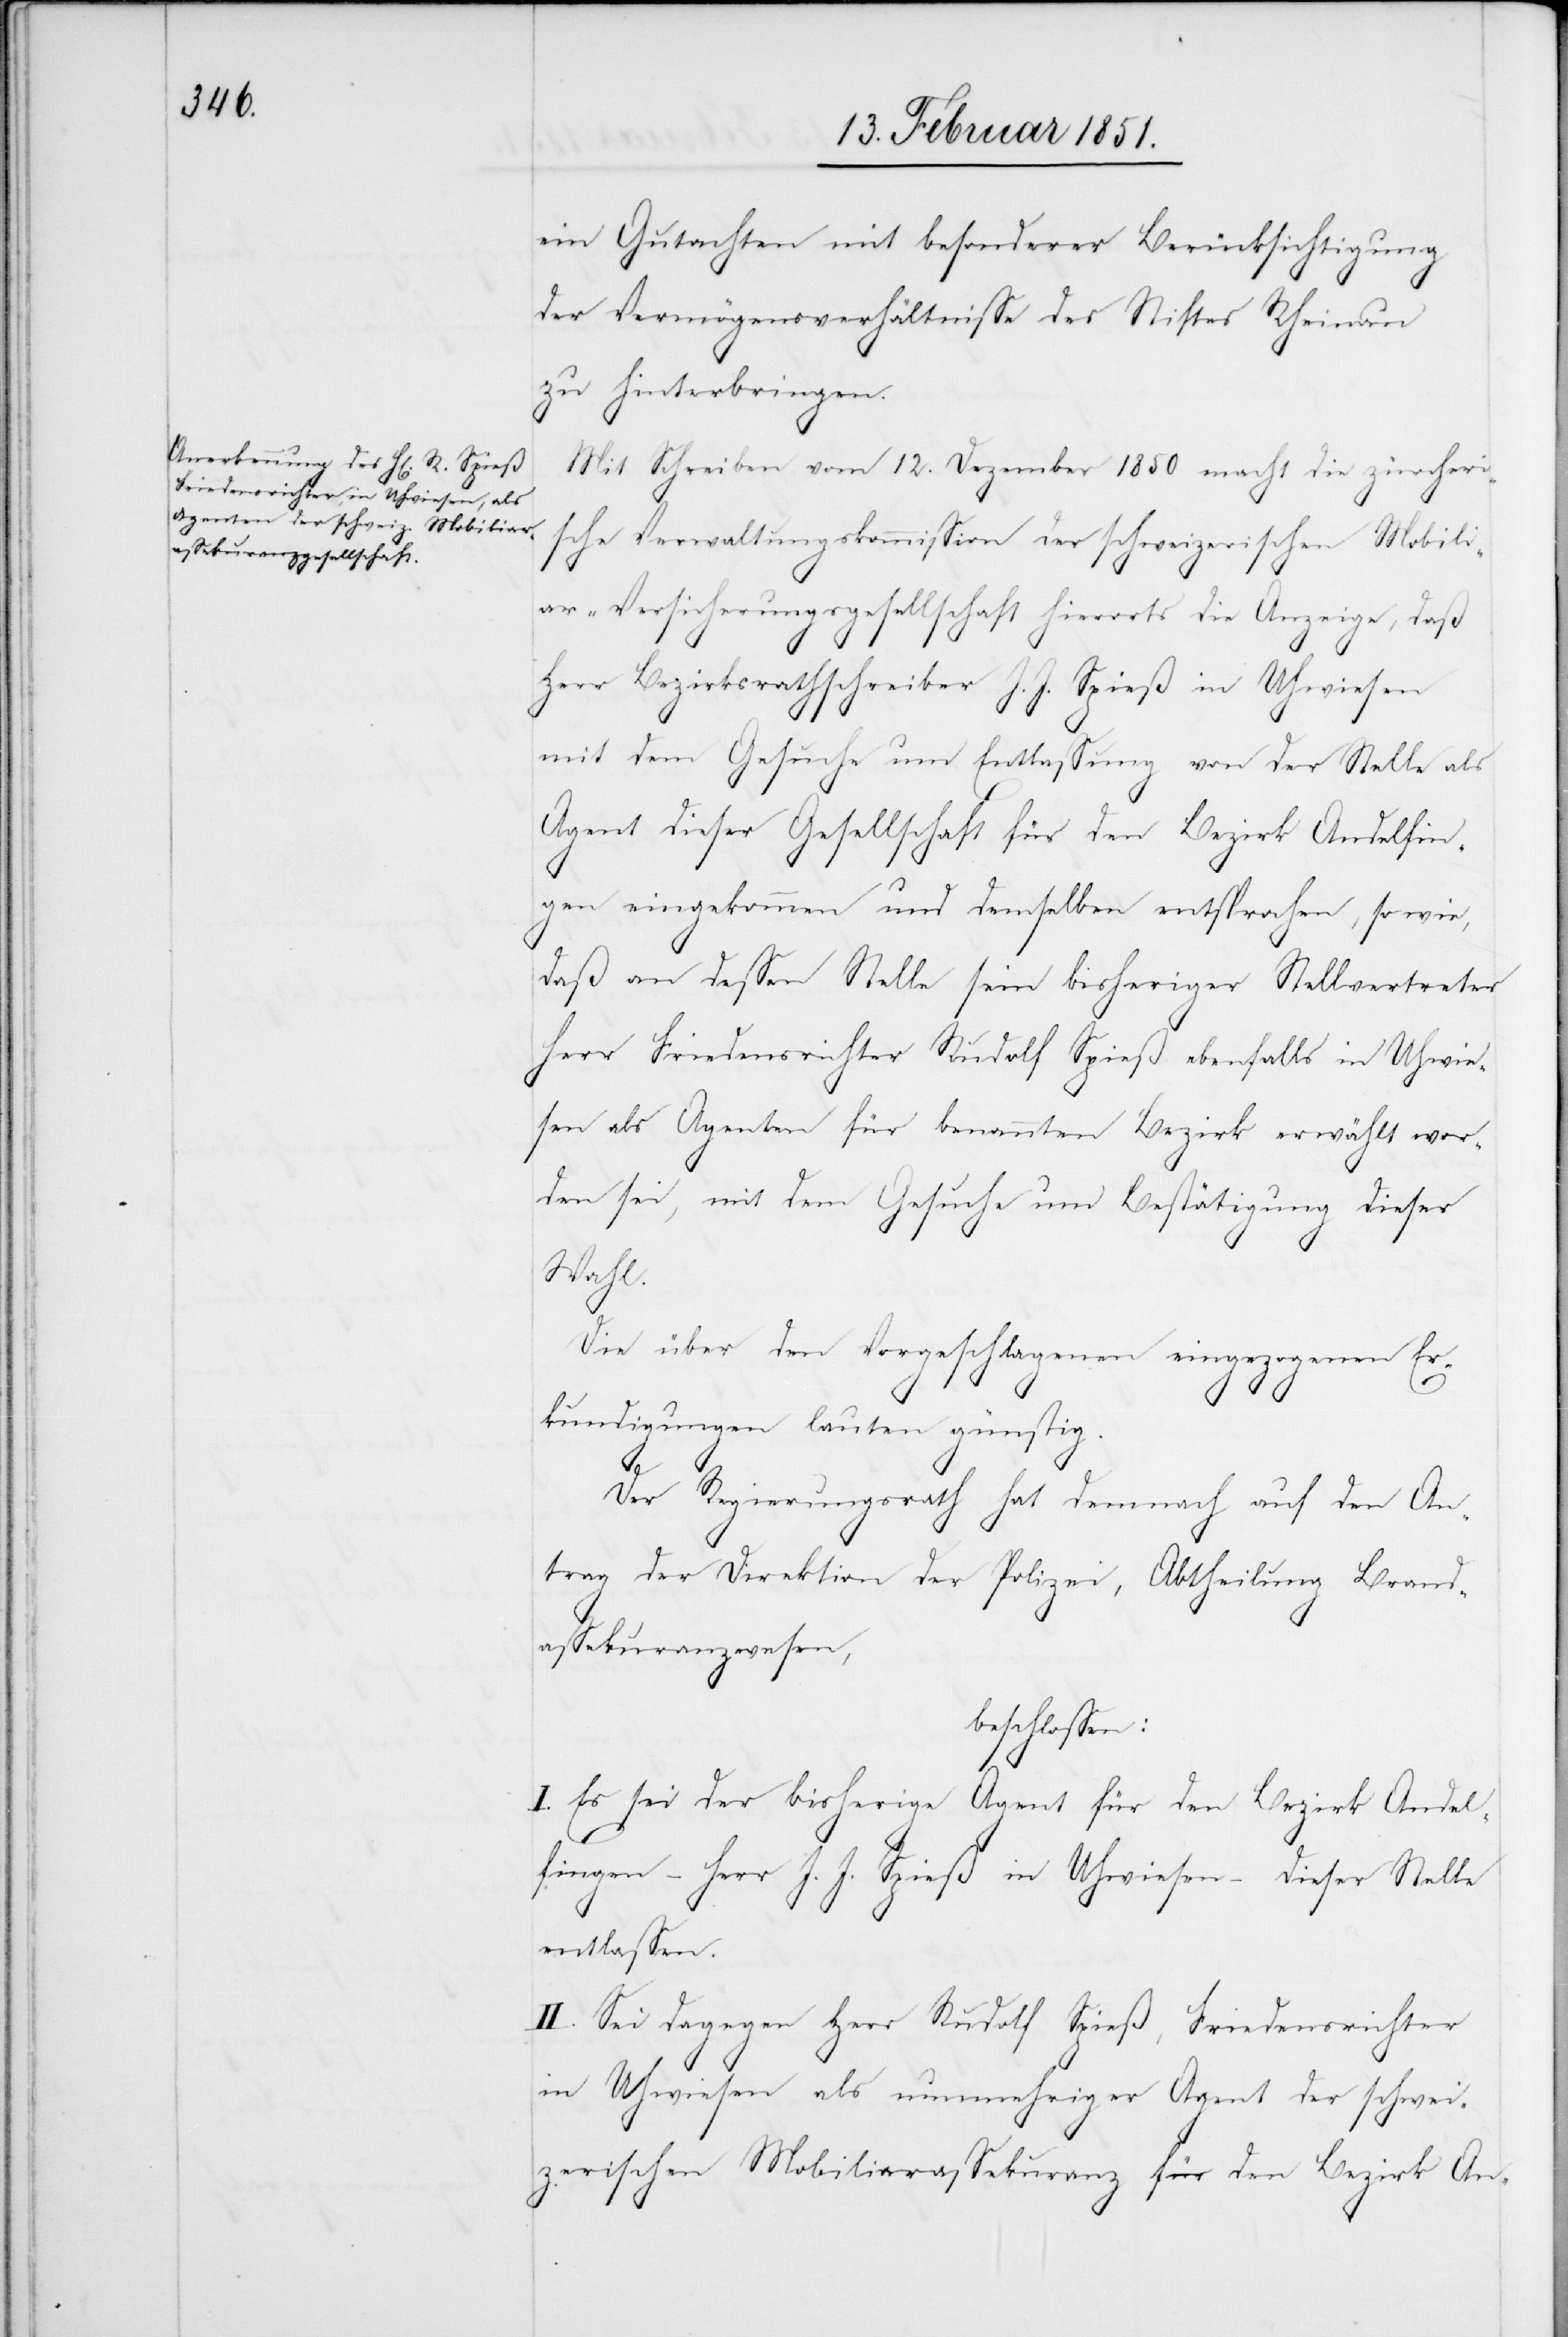
ein Gutachten mit besonderer Berücksichtigung
der Vermögensverhältnisse des Stiftes Rheinau
zu hinterbringen.
Mit Schreiben vom 12. Dezember 1850 macht die zürcheri¬
sche Verwaltungskommission der schweizerischen Mobili¬
ar-Versicherungsgesellschaft hierorts die Anzeige, daß
Herr Bezirksrathschreiber J. J. Spieß in Uhwiesen
mit dem Gesuche um Entlassung von der Stelle als
Agent dieser Gesellschaft für den Bezirk Andelfin¬
gen eingekommen und demselben entsprochen, so wie,
daß an dessen Stelle sein bisheriger Stellvertreter
Herr Friedensrichter Rudolf Spieß ebenfalls in Uhwie¬
sen als Agenten für benannten Bezirk erwählt wor¬
den sei, mit dem Gesuche um Bestätigung dieser
Wahl.
Die über den Vorgeschlagenen eingezogenen Er¬
kundigungen lauten günstig.
Der Regierungsrath hat demnach auf den An¬
trag der Direktion der Polizei, Abtheilung Brand¬
assekuranzwesen,
beschlossen:
I. Es sei der bisherige Agent für den Bezirk Andel¬
fingen – Herr J. J. Spieß in Uhwiesen – dieser Stelle
entlassen.
II. Sei dagegen Herr Rudolf Spieß, Friedensrichter
in Uhwiesen als nunmehriger Agent der schwei¬
zerischen Mobiliarassekuranz für den Bezirk An-